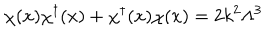
\chi ( x ) \chi ^ { \dagger } ( x ) + \chi ^ { \dagger } ( x ) \chi ( x ) = 2 k ^ { 2 } \Lambda ^ { 3 }